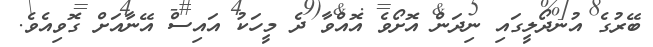
ބޭރުގެ އުނދޯލީގައި ނިދަން އޮށޯވެ އޮއްވާ ދެ މީހަކު އައިސް އޭނާއަށް ގޮވިއެވެ.